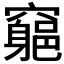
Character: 𥨪